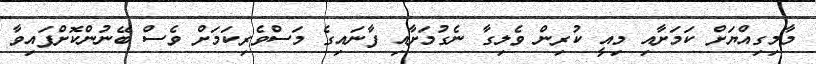
މާމިގިއްޔަށް ކަމަށާއި މިއީ ކުރިން ވެލިގާ ނެގުމަށާއި ފާނައިގެ މަސްވެރިކަމަށް ވެސް ބޭނުންކޮށްފައިވާ